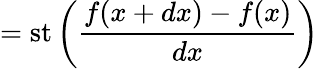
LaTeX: =\operatorname{st}\left({\frac{f(x+dx)-f(x)}{dx}}\right)